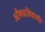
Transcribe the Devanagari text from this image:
औषधविवरणी